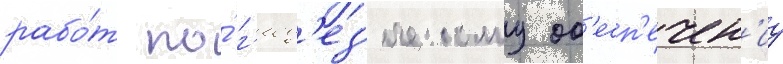
рабо́т по́ г'еод'ез'ическому об'есп'ечен'иу